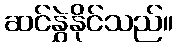
ဆင်နွှဲနိုင်သည်။